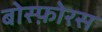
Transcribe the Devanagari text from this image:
बोस्फ़ोरस